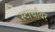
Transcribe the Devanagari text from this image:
स्टार्चावर